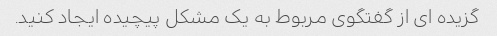
گزیده ای از گفتگوی مربوط به یک مشکل پیچیده ایجاد کنید.